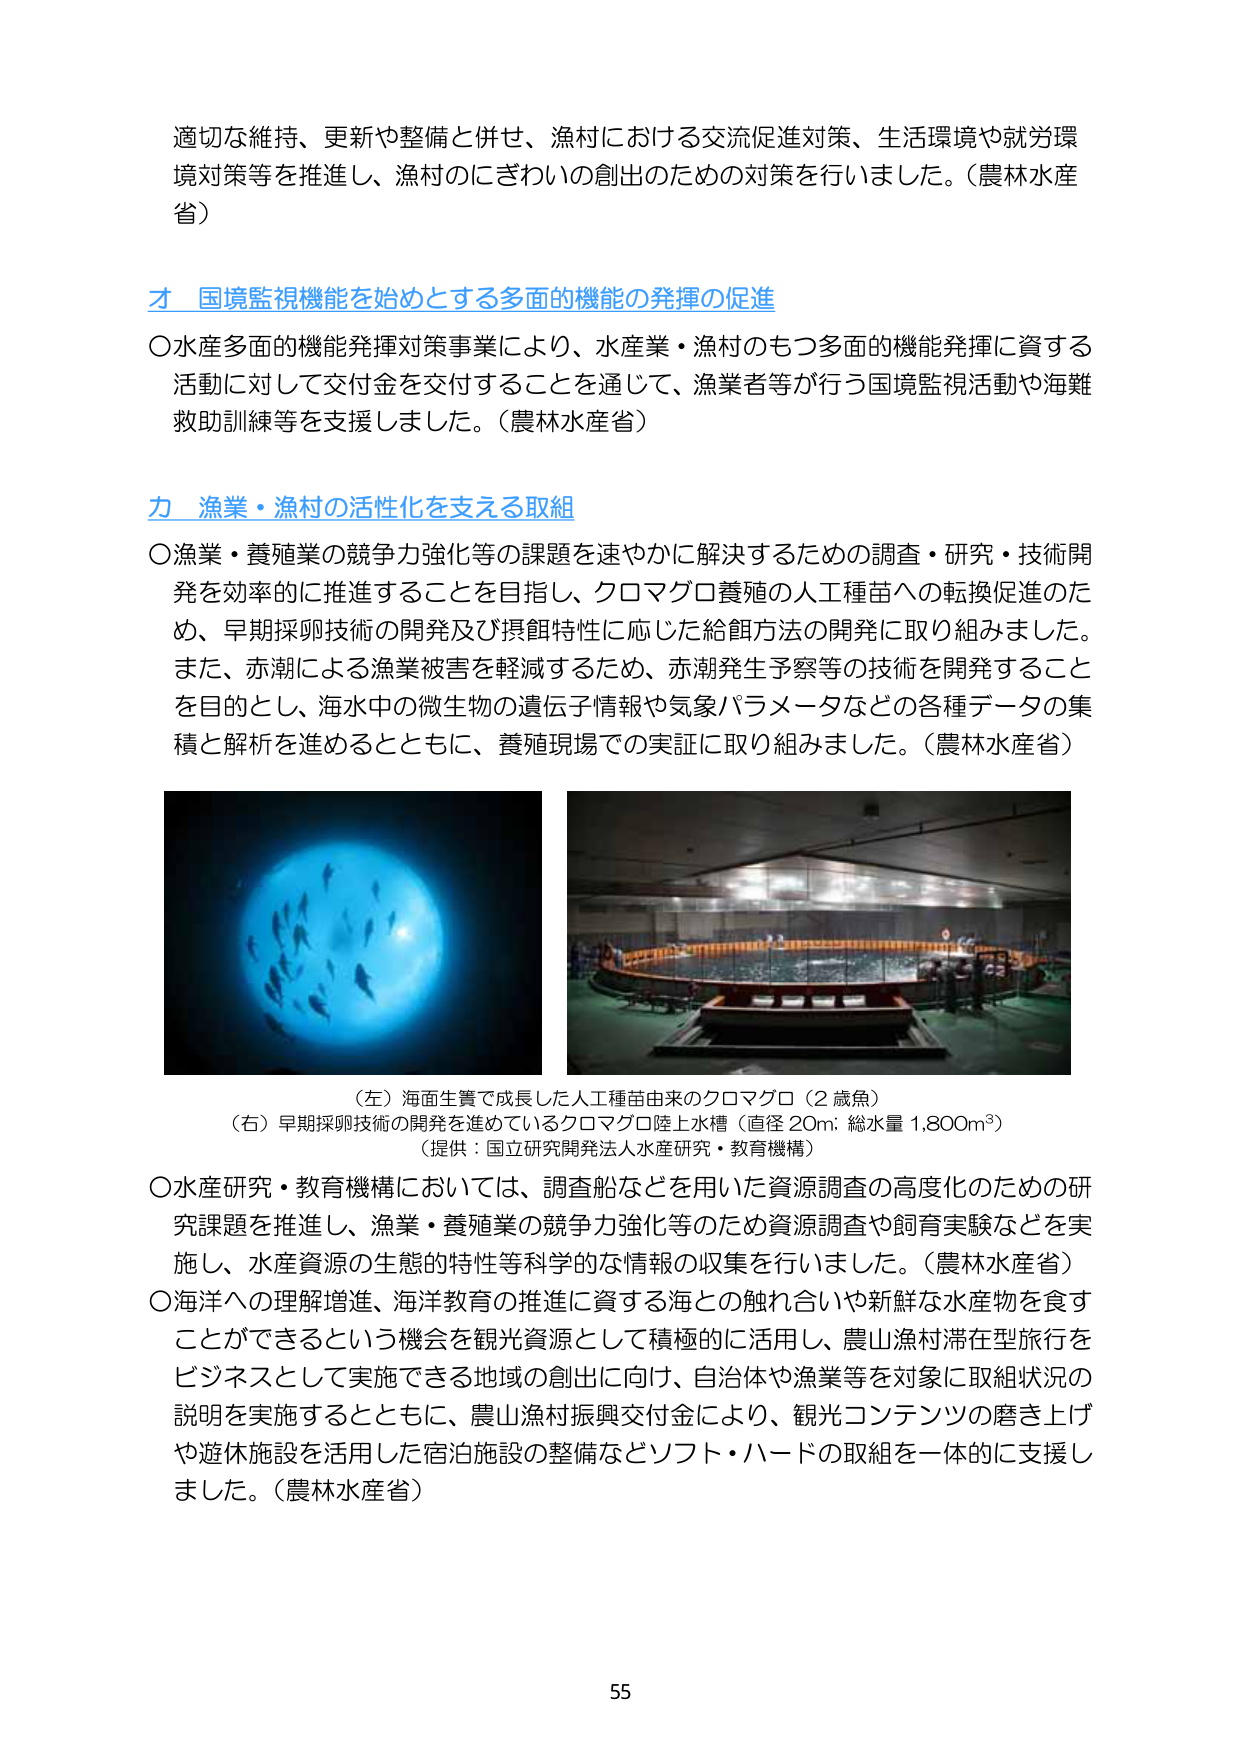
適切な維持、更新や整備と併せ、漁村における交流促進対策、生活環境や就労環境対策等を推進し、漁村のにぎわいの創出のための対策を行いました。（農林水産省）

才 国境監視機能を始めとする多面的機能の発揮の促進
〇水産多面的機能発揮対策事業により、水産業・漁村のもつ多面的機能発揮に資する活動に対して交付金を交付することを通じて、漁業者等が行う国境監視活動や海難救助訓練等を支援しました。（農林水産省）

力 漁業・漁村の活性化を支える取組
〇漁業・養殖業の競争力強化等の課題を速やかに解決するための調査・研究・技術開発を効率的に推進することを目指し、クロマグロ養殖の人工種苗への転換促進のため、早期採卵技術の開発及び摂餌特性に応じた給餌方法の開発に取り組みました。また、赤潮による漁業被害を軽減するため、赤潮発生予察等の技術を開発することを目的とし、海水中の微生物の遺伝子情報や気象パラメータなどの各種データの集積と解析を進めるとともに、養殖現場での実証に取り組みました。（農林水産省）

（左）海面生簀で成長した人工種苗由来のクロマグロ（2 歳魚）
（右）早期採卵技術の開発を進めているクロマグロ陸上水槽（直径 20m; 総水量 1,800m³）
（提供：国立研究開発法人水産研究・教育機構）

〇水産研究・教育機構においては、調査船などを用いた資源調査の高度化のための研究課題を推進し、漁業・養殖業の競争力強化等のため資源調査や飼育実験などを実施し、水産資源の生態的特性等科学的な情報の収集を行いました。（農林水産省）
〇海洋への理解増進、海洋教育の推進に資する海との触れ合いや新鮮な水産物を食すことができるという機会を観光資源として積極的に活用し、農山漁村滞在型旅行をビジネスとして実施できる地域の創出に向け、自治体や漁業等を対象に取組状況の説明を実施するとともに、農山漁村振興交付金により、観光コンテンツの磨き上げや遊休施設を活用した宿泊施設の整備などソフト・ハードの取組を一体的に支援しました。（農林水産省）

55